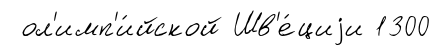
ол'имп'и́йской Шв'е́циjи 1300